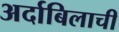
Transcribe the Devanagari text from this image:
अर्दाबिलाची